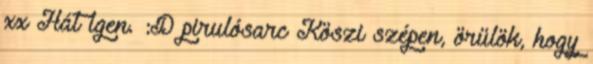
xx Hát igen. :D pirulósarc Köszi szépen, örülök, hogy